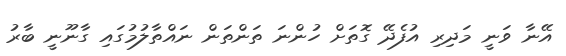
އޭނާ ވަނީ މަދިރި އުފެދޭ ގޮތަށް ހުންނަ ތަންތަން ނައްތާލުމުގައި ގާނޫނީ ބާރު